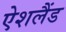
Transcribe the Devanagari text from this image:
ऐशलैंड